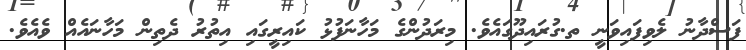
ފަސްދާނު ލެވިފައިވަނީ ތ.ގުރައިދޫގައެވެ. މިރަދުންގެ މަހާނަފުޅު ކައިރީގައި އިތުރު ދެތިން މަހާނައެއް ވެއެވެ.